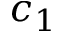
c _ { 1 }